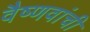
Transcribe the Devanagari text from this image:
वैष्णवांची